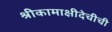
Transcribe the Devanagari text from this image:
श्रीकामाक्षीदेचीची